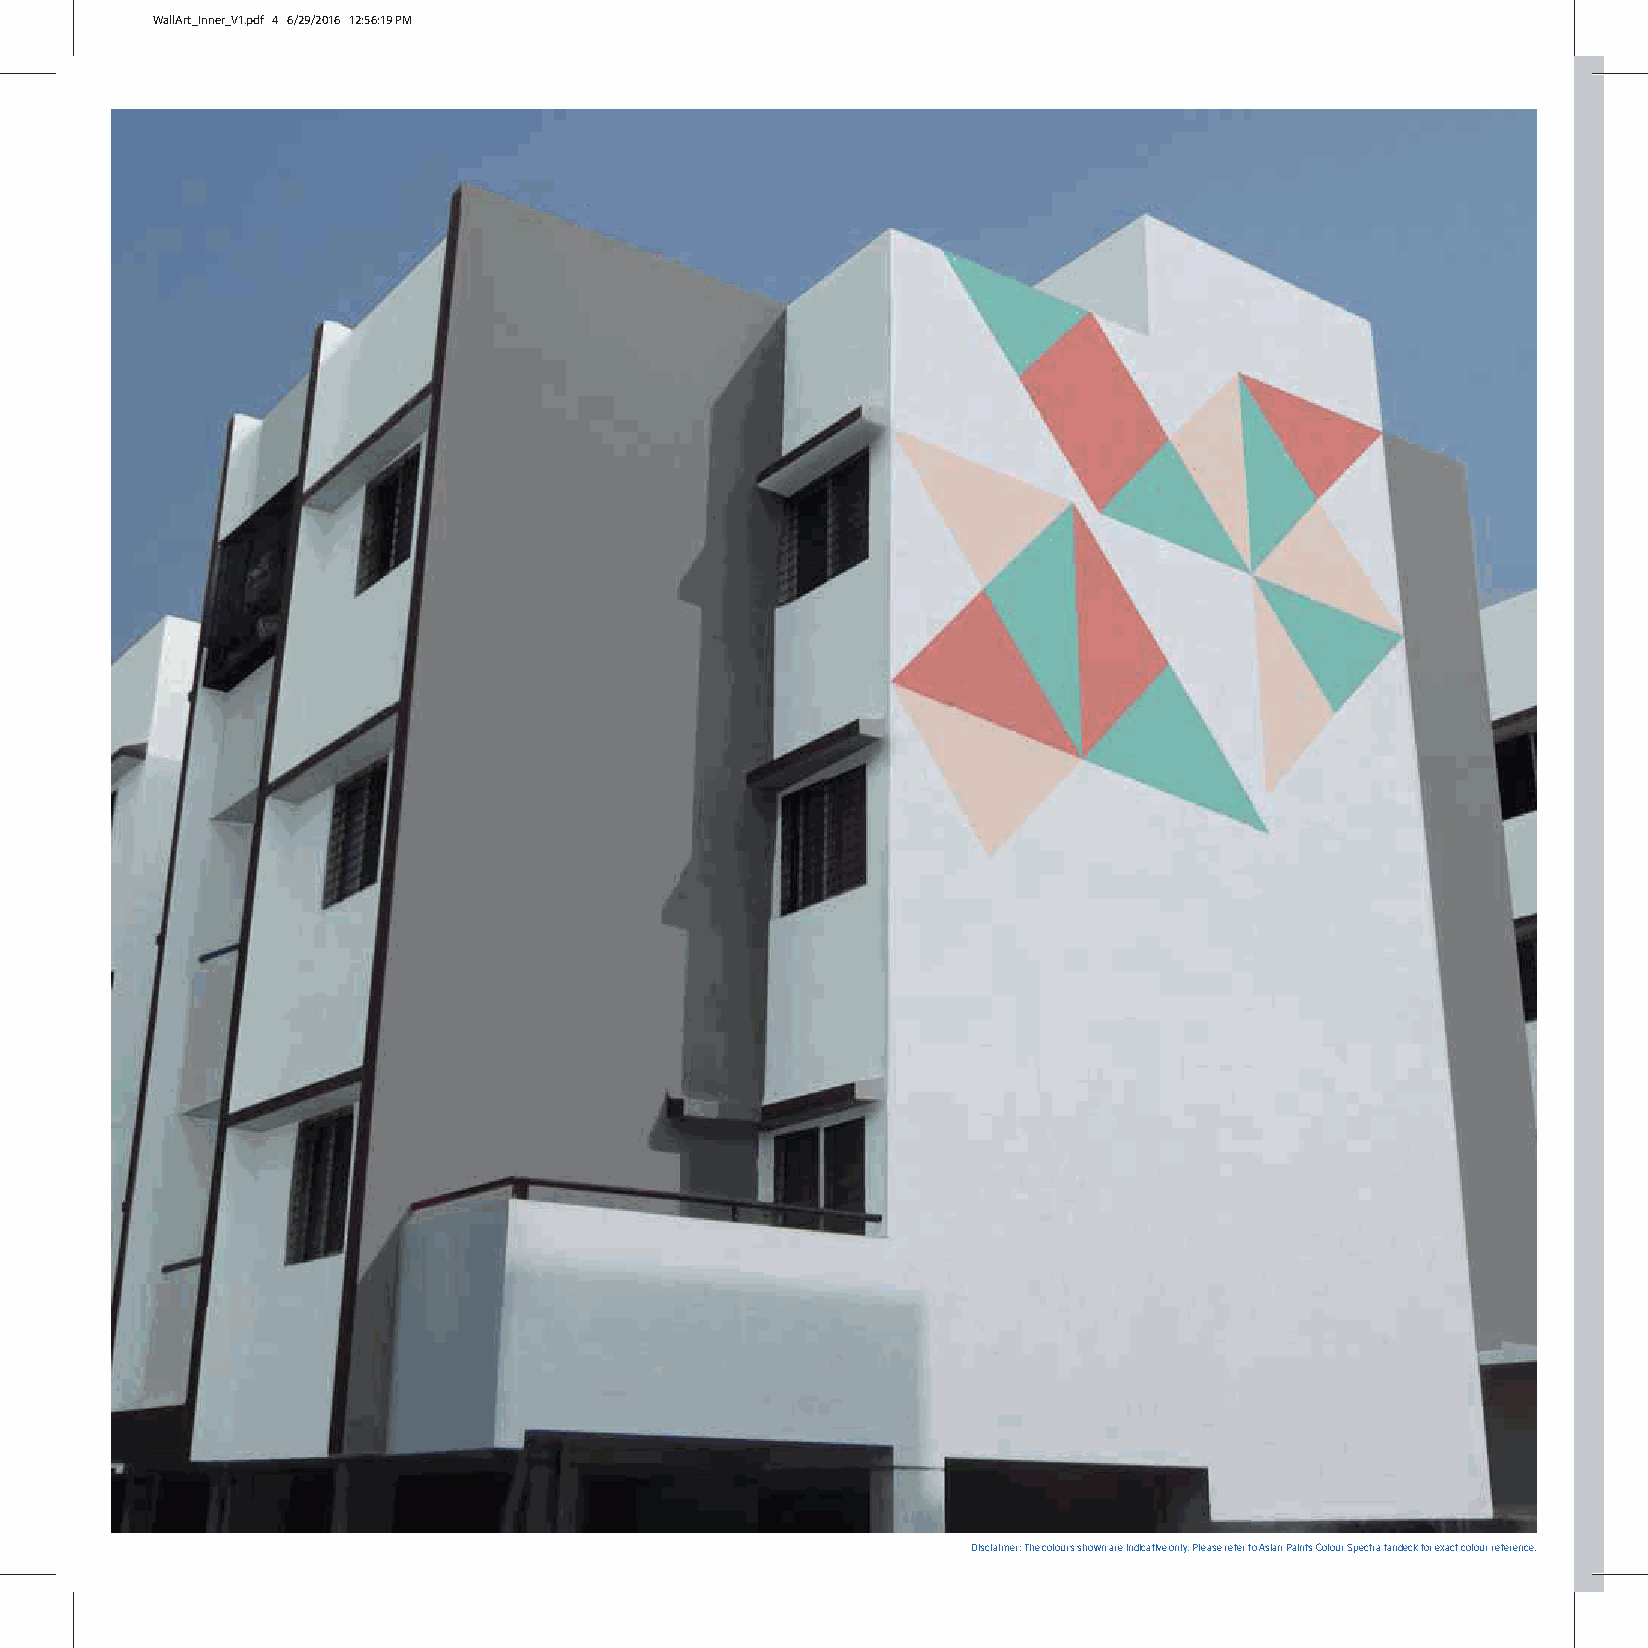
WallArt_Inner_V1.pdf 4 6/29/2016 12:56:19 PM
 Disclaimer: The colours shown are indicative only. Please refer to Asian Paints Colour Spectra fandeck for exact colour reference.